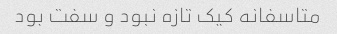
متاسفانه کیک تازه نبود و سفت بود